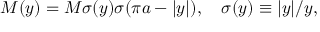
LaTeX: M ( y ) = M \sigma ( y ) \sigma ( \pi a - | y | ) , \quad \sigma ( y ) \equiv | y | / y ,